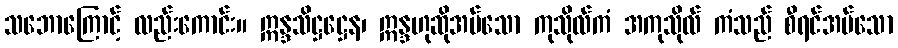
သဘောကြောင့် လည်းကောင်း။ ဣန္ဒသိဋ္ဌဋ္ဌေန၊ ဣန္ဒဟုဆိုအပ်သော ကုသိုလ်ကံ အကုသိုလ် ကံသည် စီရင်အပ်သော